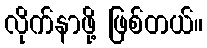
လိုက်နာဖို့ ဖြစ်တယ်။